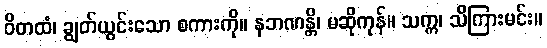
ဝိတထံ၊ ချွတ်ယွင်းသော စကားကို။ နဘဏန္တိ၊ မဆိုကုန်။ သက္က၊ သိကြားမင်း။